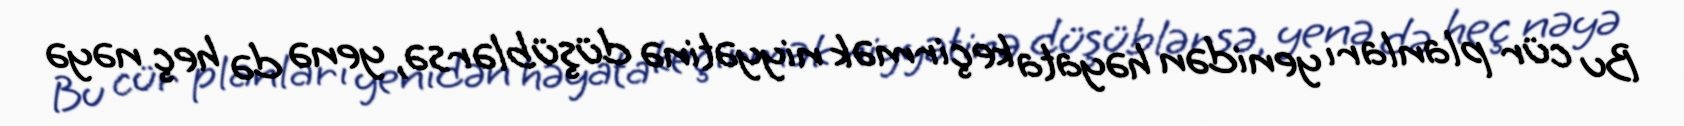
Bu cür planları yenidən həyata keçirmək niyyətinə düşüblərsə, yenə də heç nəyə